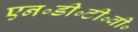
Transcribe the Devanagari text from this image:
एन॰डी॰टी॰वी॰